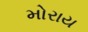
મોરાય